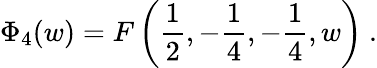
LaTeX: \Phi_{4}(w)=F\left(\frac 12,-\frac 14,-\frac 14,w\right)\ .